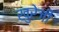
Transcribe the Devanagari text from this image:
खुरेजी